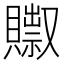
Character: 𰷗